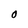
Character: O